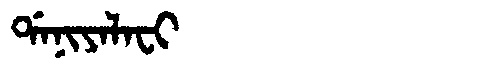
Manchu: ᡩᠠᠨᡳᠶᠠᠯᠠᠸᡳ
Romanization: DANIYALAFI